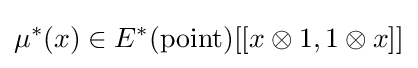
\mu ^{*}(x)\in E^{*}({\text{point}})[[x\otimes 1,1\otimes x]]